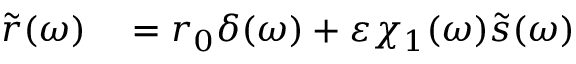
\begin{array} { r l } { \tilde { r } ( \omega ) } & { { } = r _ { 0 } \delta ( \omega ) + \varepsilon \chi _ { 1 } ( \omega ) \tilde { s } ( \omega ) } \end{array}